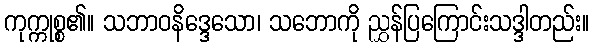
ကုက္ကုစ္စ၏။ သဘာဝနိဒ္ဒေသော၊ သဘောကို ညွှန်ပြကြောင်းသဒ္ဒါတည်း။